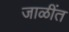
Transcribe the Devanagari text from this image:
जाळींत